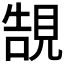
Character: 𧠼